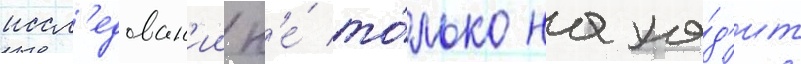
иссл'едован'ии н'е́ то́лько нахо́д'ит